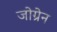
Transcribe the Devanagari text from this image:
जोग्रेन